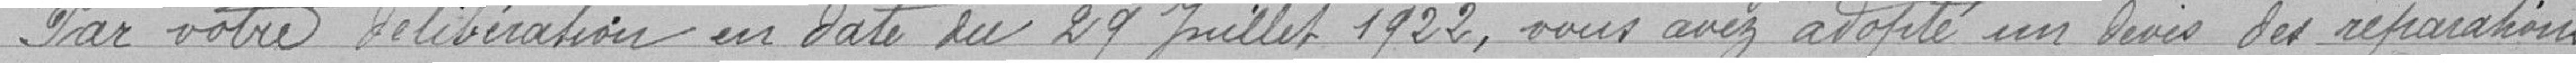
" Par votre délibération en date du 29 juillet 1922, vous avez adopté un devis des réparations